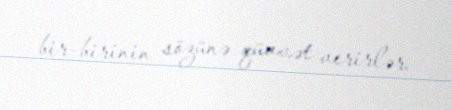
bir-birinin sözünə qüvvət verirlər.